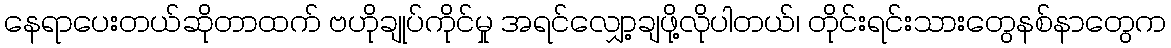
နေရာပေးတယ်ဆိုတာထက် ဗဟိုချုပ်ကိုင်မှု အရင်လျှော့ချဖို့လိုပါတယ်၊ တိုင်းရင်းသားတွေနစ်နာတွေက